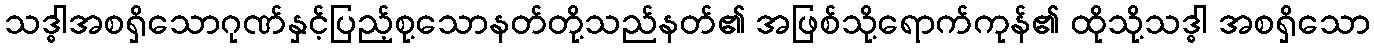
သဒ္ဓါအစရှိသောဂုဏ်နှင့်ပြည့်စု့သောနတ်တို့သည်နတ်၏ အဖြစ်သို့ရောက်ကုန်၏ ထိုသို့သဒ္ဓါ အစရှိသော